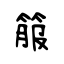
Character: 箙